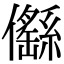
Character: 㒡